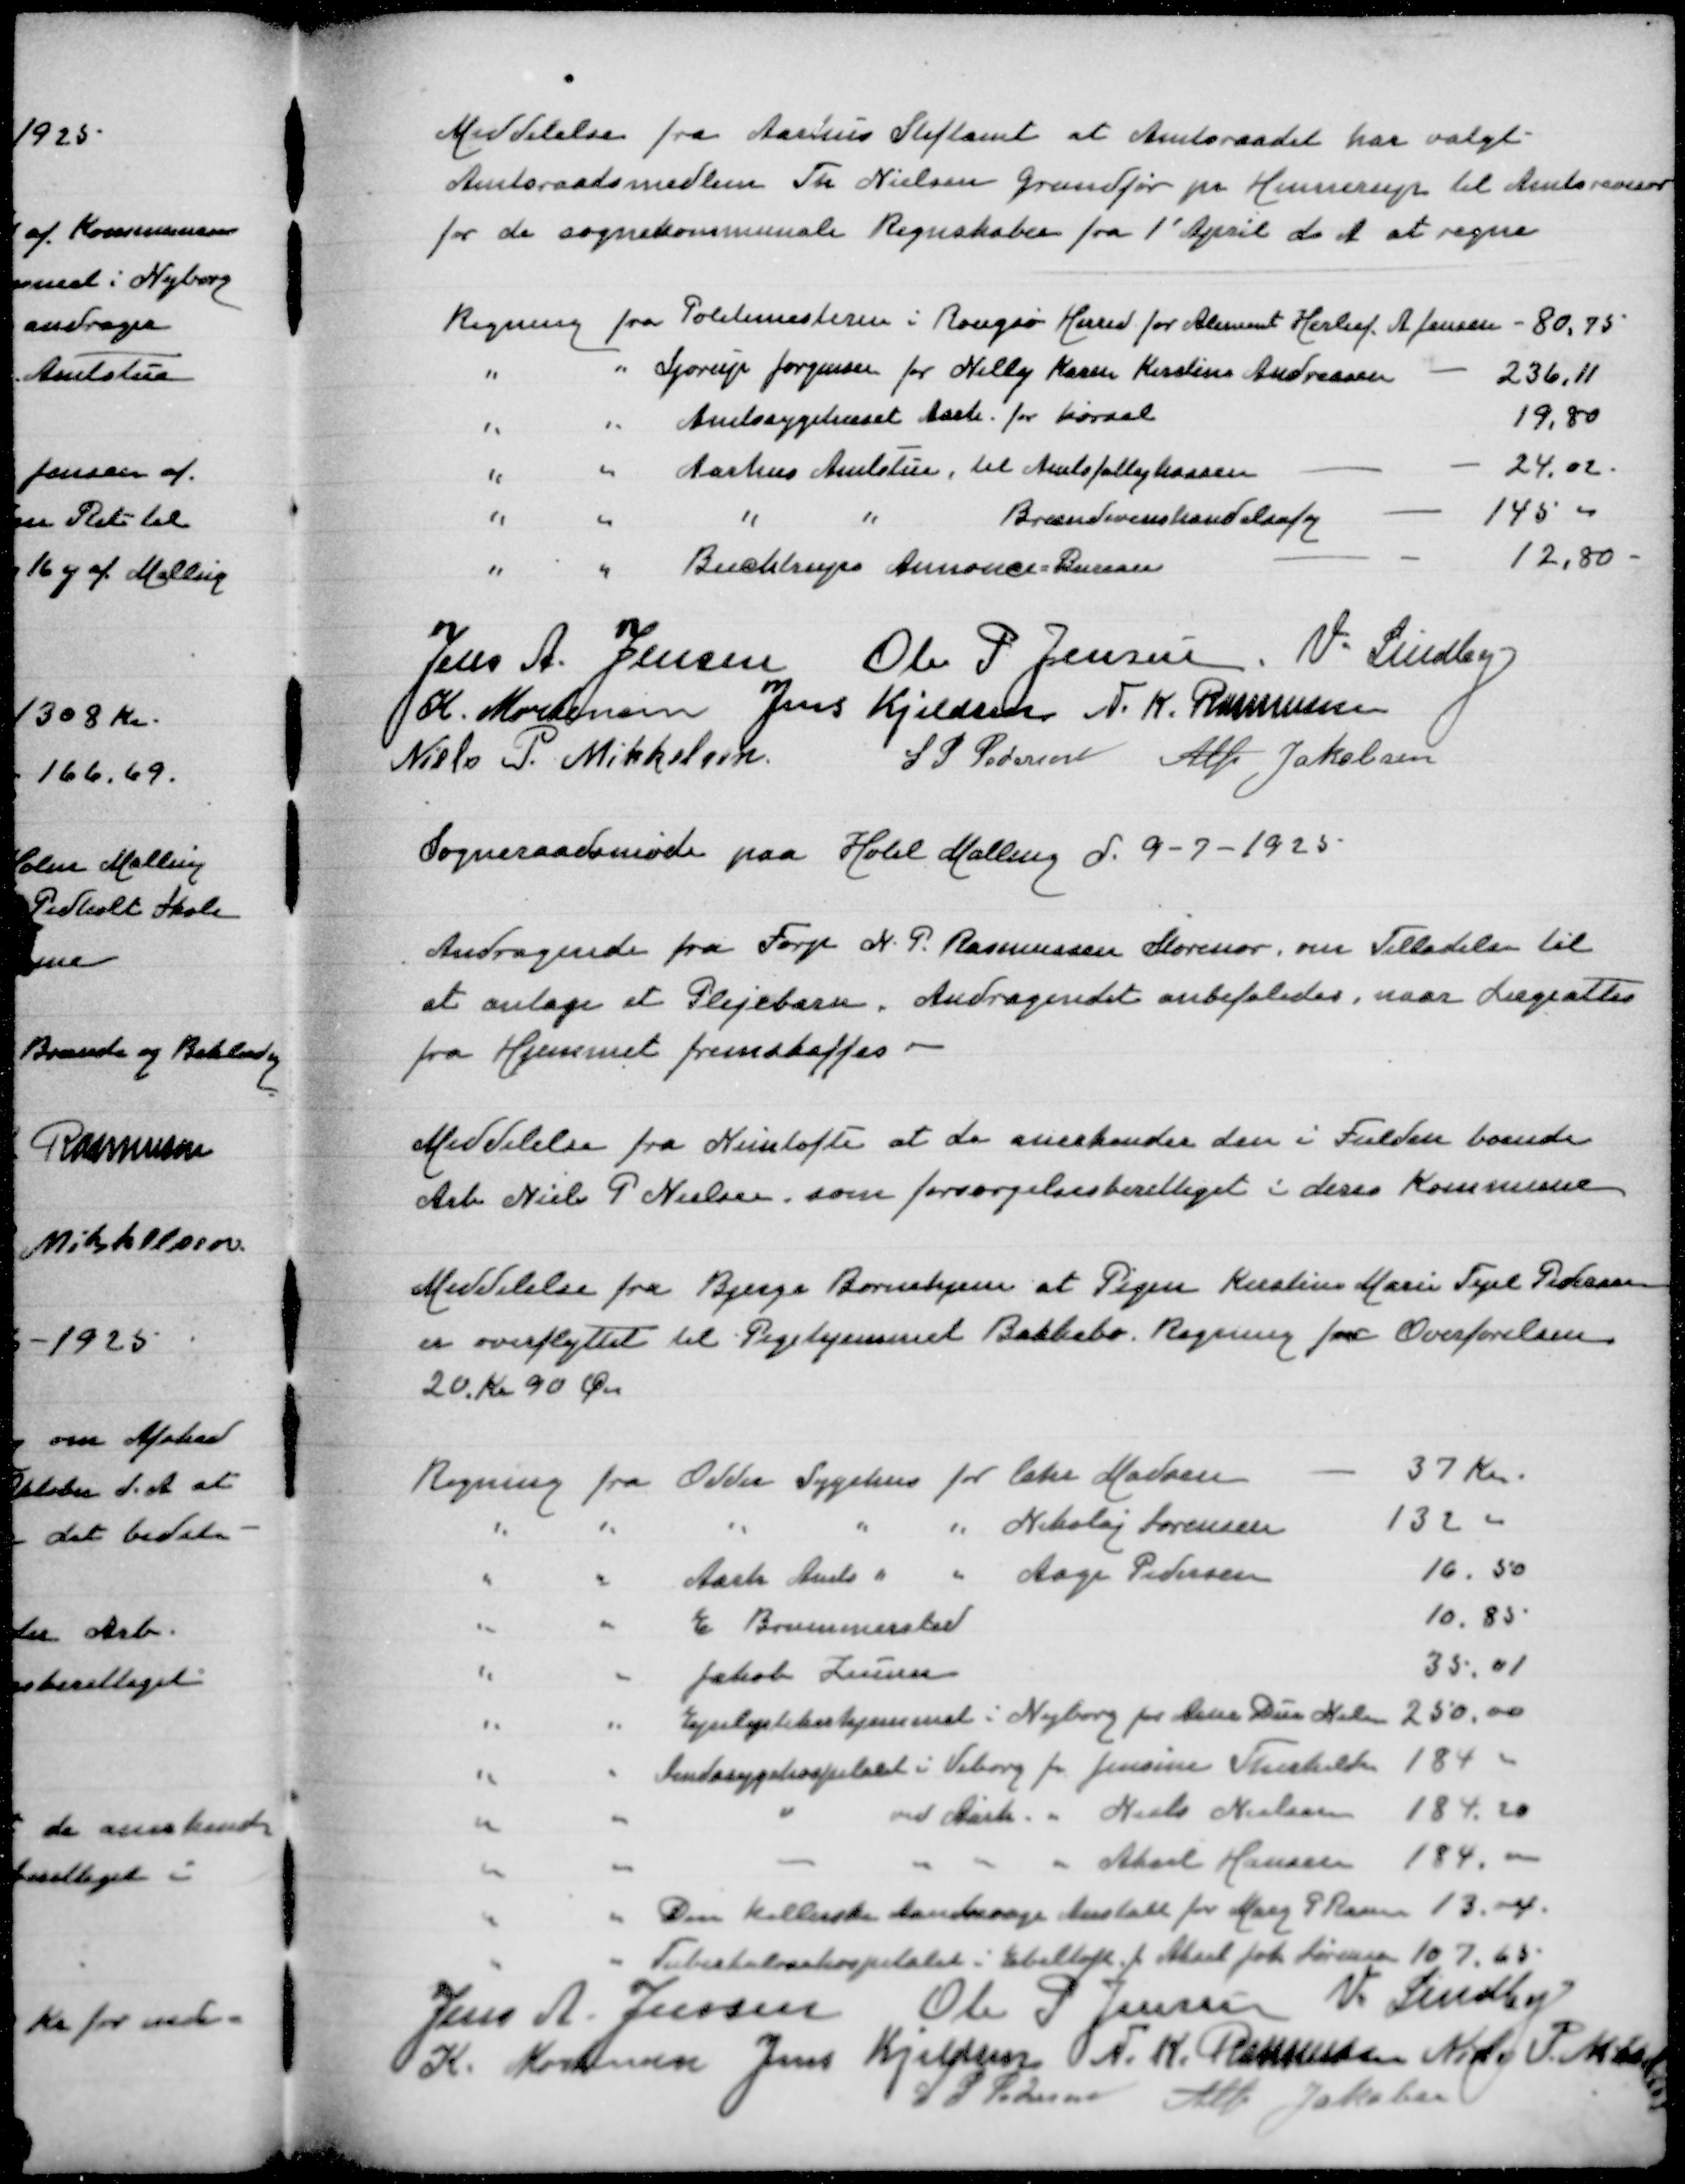
Transskription:
Meddelelse fra Aarhus Stiftamt at Amtsraadet har valgt
Amtsraadsmedlem Th Nielsen Grundfør pr Hinnerup til Amtsrevisor
for de sognekommunale Regnskaber fra 1' April d A at regne

Regning fra Politimesteren i Rougsø Herred for Aliment Herluf A Jensen
80,75
" " Sjørup Jørgensen for Nelly Karen Kirstine Andreasen
236,11
" " Amtssygehuset i Aarh for Kørsel
19,80
" " Aarhus Amtstue til Amtsfattigkassen
24,00
" " " " Brændevinshandelsafg
145,00
" " Buchtrups Annonce Bureau
12,80

Jens A Jensen
Ole P Pedersen
V Lindby
K Mortensen
Jens Kjeldsen
N K Rasmussen
Niels P Mikkelsen
S P Pedersen
Alfr Jakobsen

Sogneraadsmøde paa Hotel Malling d 9-7-1925

Andragende fra Forp N P Rasmussen, om Tilladelse til
at antage et Plejebarn, Andragendet anbefaledes, naar Lægeattest
fra Hjemmet fremskaffes

Meddelelse fra Nimtofte at de anerkender den i Fulden boende
Arb Niels P Nielsen som forsørgelsespligtig i deres Kommune

Meddelelse fra Bjerge Børnehjem at Pigen Kirstine Marie Tegel Pedersen
er overflyttet til Plejehjemmet Bakkebo, Regning for Overførelsen
20 Kr 90 Øre

Regning fra Odder Sygehus for Chr Madsen
37 Kr
" " " " " Nikolaj Sørensen
132,00
" " Aarh Amts " " Aage Pedersen
16,50
" " E Brummersted
10,85
" " Jakob Zeuner
35,01
" " Epilektikerhjemmet i Nyborg for Arne Due Nielsen
250,00
" " Sindssygehospitalet i Viborg for Jensine Therkelsen
184
" " " ved Aarh " Niels Nielsen
184,20
" " " " " " Aksel Hansen
184,00
" " Den KellerskeAandsvage Anstalt for Mary P Rasmussen
13,04
" " Tuberkulosehospitalet i Ebeltoft f Aksel Johs Sørensen
107,68
Jens A Jensen
Ole P Jensen
V Lundby
K Mortensen
Jens Kjeldsen
N K Rasmussen
Niels P Mikkelsen
S P Pedersen
Alfr Jakobsen